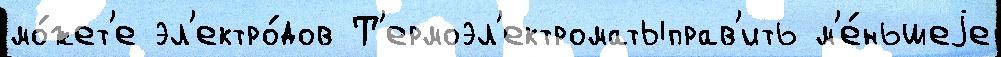
мо́жет'е эл'ектро́дов Т'ермоэл'ектроматыправ'ить м'е́ньшеjе